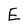
Character: E